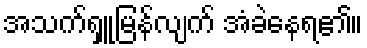
အသက်ရှူမြန်လျက် အံခဲနေရ၏။